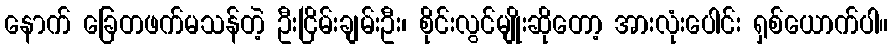
နောက် ခြေတဖက်မသန်တဲ့ ဦးငြိမ်းချမ်းဦး၊ စိုင်းလွင်မျိုးဆိုတော့ အားလုံးပေါင်း ရှစ်ယောက်ပါ။